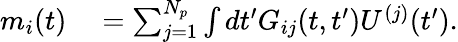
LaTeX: \begin{array}{rl}{m_{i}(t)}&{{}=\sum_{j=1}^{N_{p}}\int dt^{\prime}G_{ij}(t,t^{\prime})U^{(j)}(t^{\prime}).}\end{array}